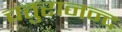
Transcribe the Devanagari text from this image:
चतुरानन्द